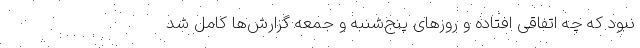
نبود که چه اتفاقی افتاده و روزهای پنج‌شنبه و جمعه گزارش‌ها کامل شد